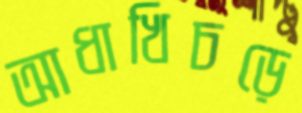
আধাখিচড়ে